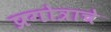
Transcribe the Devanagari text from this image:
प्रगोत्राचे